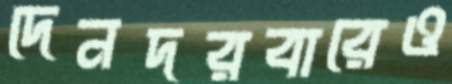
দেনদরবারেও